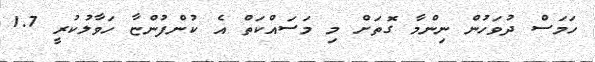
ހަމަސް ދުވަހުން ނިންމާ ގޮތަށް މި މަސައްކަތް އެ ކުންފުންޏާ ހަވާލުކުރީ 1.7